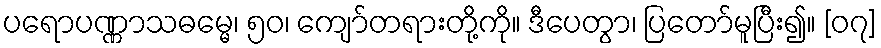
ပရောပဏ္ဏာသဓမ္မေ၊ ၅၀၊ ကျော်တရားတို့ကို။ ဒီပေတွာ၊ ပြတော်မူပြီး၍။ [၀၇]